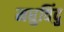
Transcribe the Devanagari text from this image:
मधुविंदु